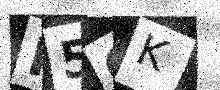
Text: H5GK